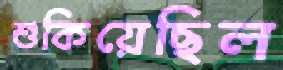
শুকিয়েছিল